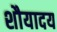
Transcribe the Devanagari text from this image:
शौयादय